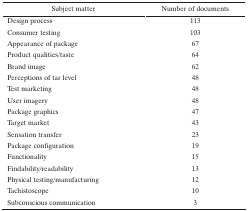
<table><thead><tr><td><b>Subject matter</b></td><td><b>Number of documents</b></td></tr></thead><tbody><tr><td>Design process</td><td>113</td></tr><tr><td>Consumer testing</td><td>103</td></tr><tr><td>Appearance of package</td><td>67</td></tr><tr><td>Product qualities/taste</td><td>64</td></tr><tr><td>Brand image</td><td>62</td></tr><tr><td>Perceptions of tar level</td><td>48</td></tr><tr><td>Test marketing</td><td>48</td></tr><tr><td>User imagery</td><td>48</td></tr><tr><td>Package graphics</td><td>47</td></tr><tr><td>Target market</td><td>43</td></tr><tr><td>Sensation transfer</td><td>23</td></tr><tr><td>Package configuration</td><td>19</td></tr><tr><td>Functionality</td><td>15</td></tr><tr><td>Findability/readability</td><td>13</td></tr><tr><td>Physical testing/manufacturing</td><td>12</td></tr><tr><td>Tachistoscope</td><td>10</td></tr><tr><td>Subconscious communication</td><td>3</td></tr></tbody></table>